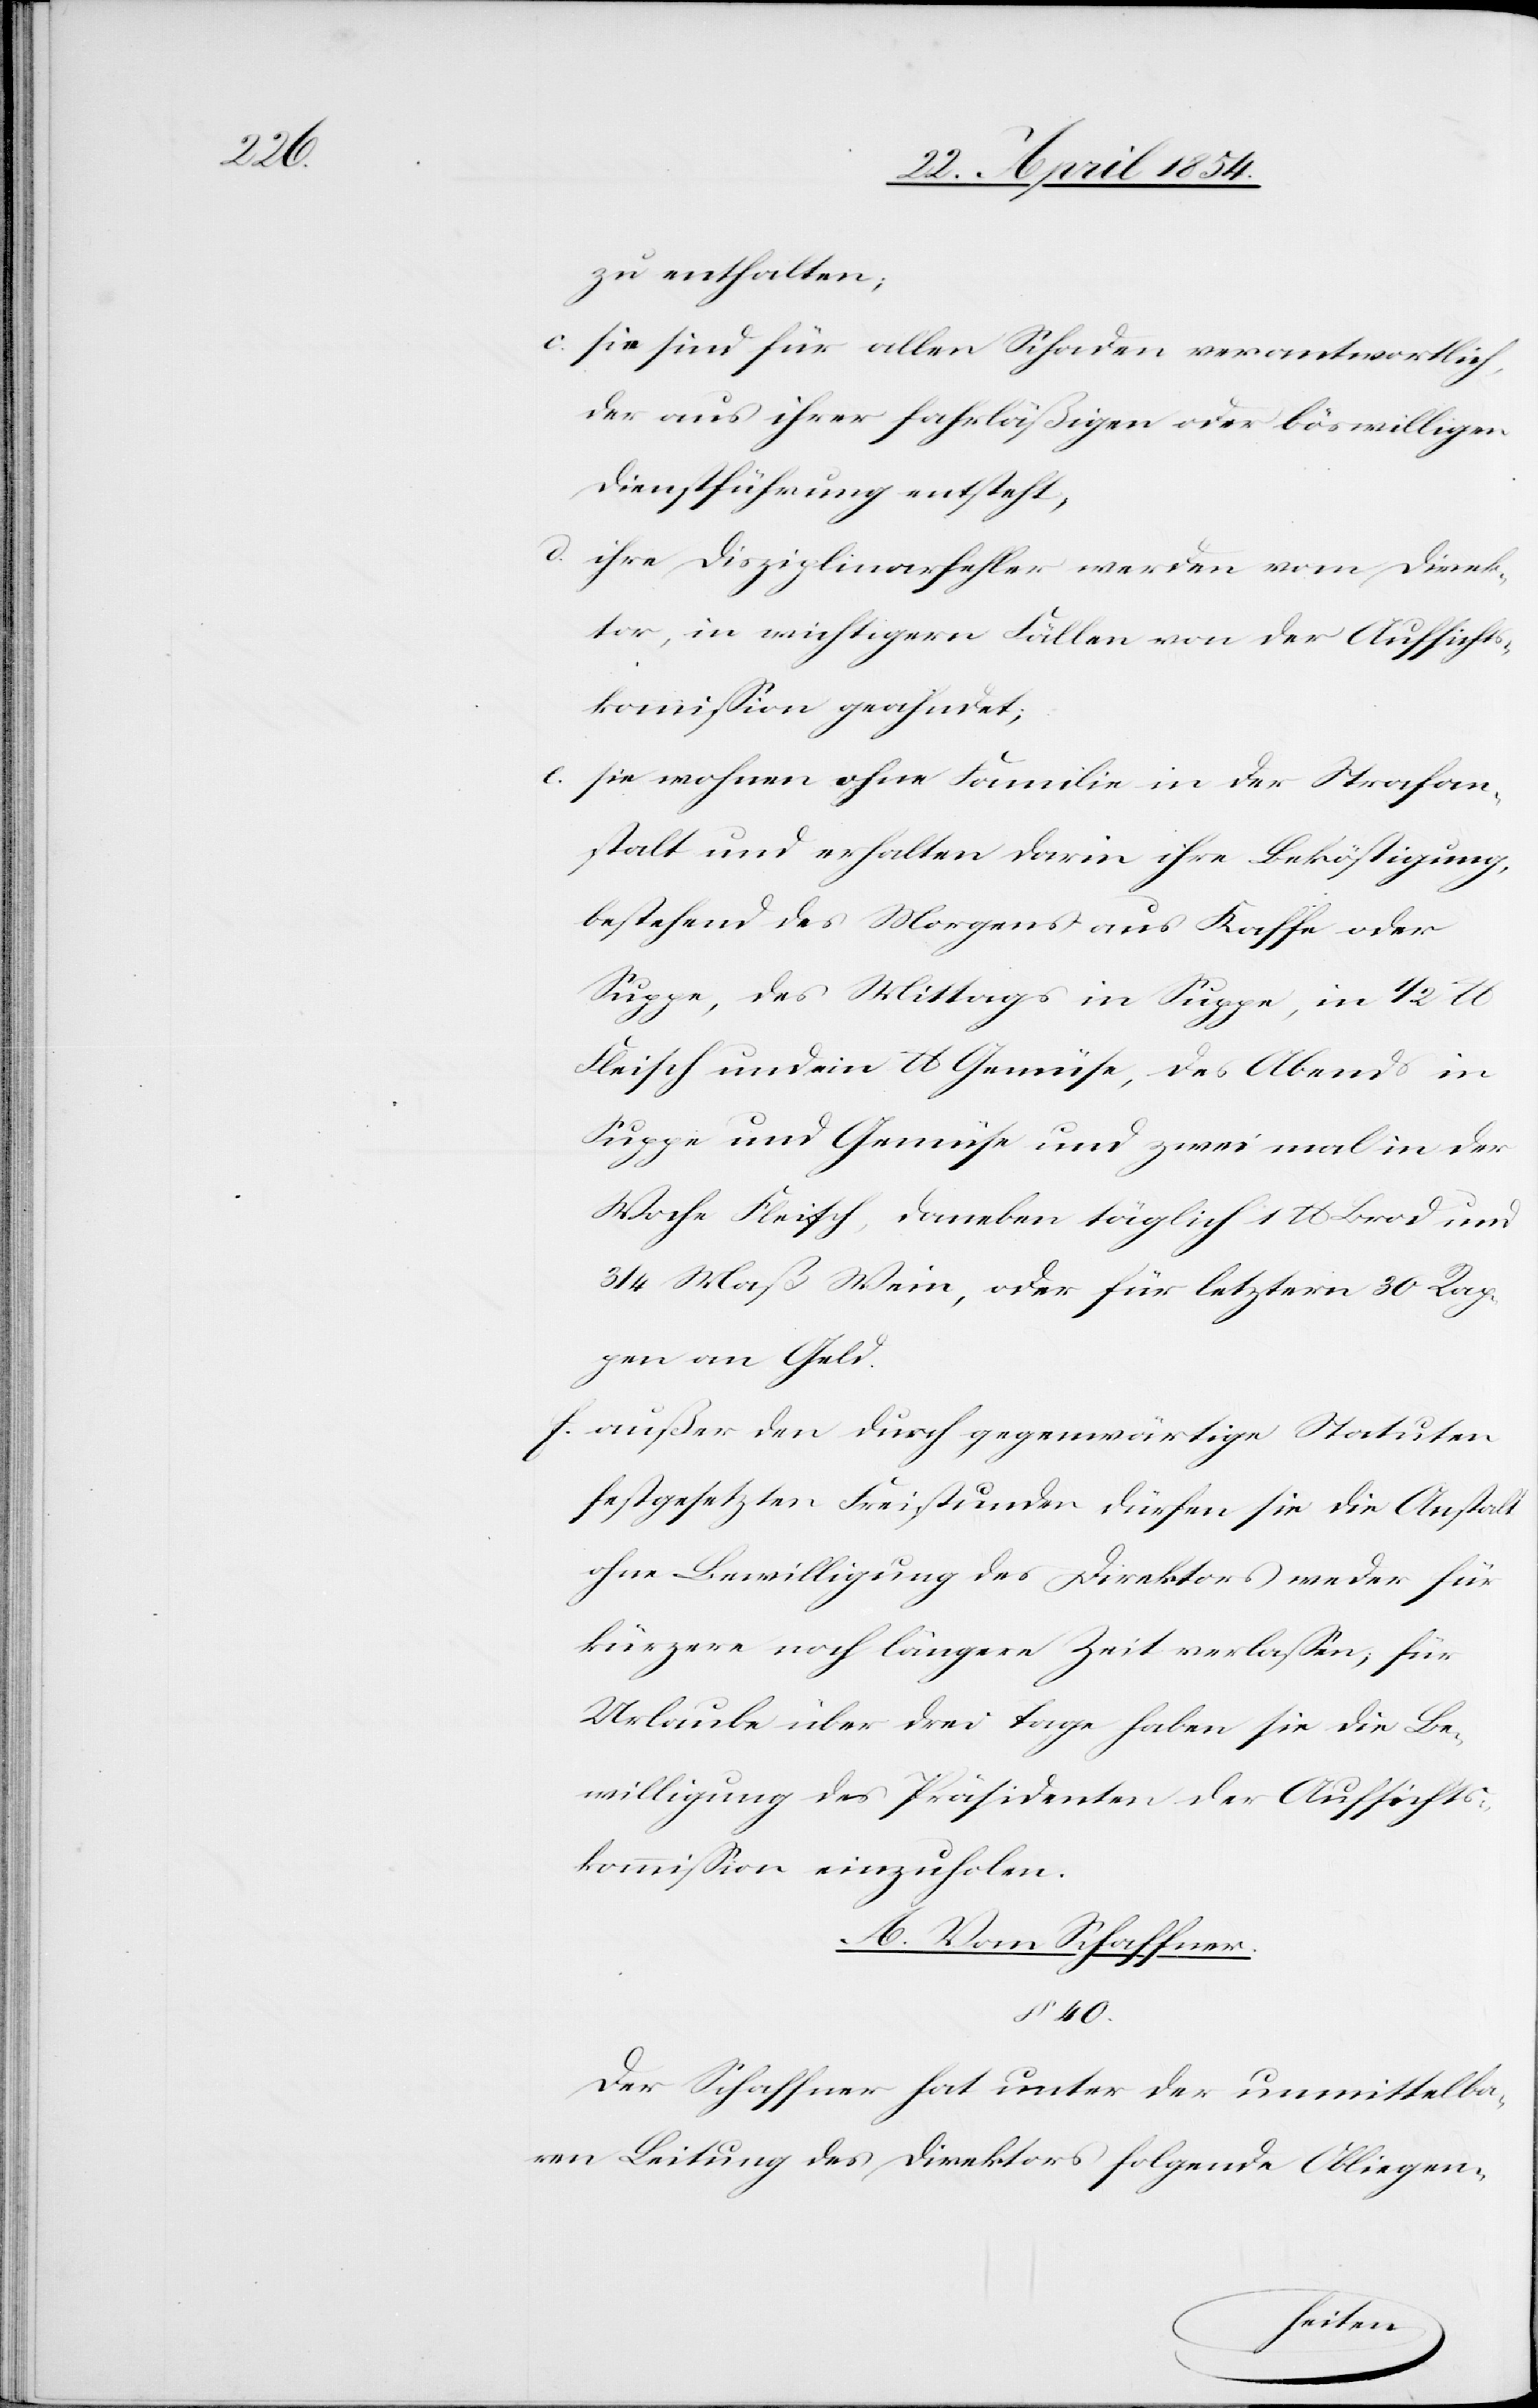
zu enthalten;
c. sie sind für allen Schaden verantwortlich,
der aus ihrer fahrläßigen oder böswilligen
Dienstführung entsteht,
d. ihre Disziplinarfehler werden vom Direk¬
tor, in wichtigern Fällen von der Aufsichts¬
kommißion geahndet;
e. sie wohnen ohne Familie in der Strafan¬
stalt und erhalten darin ihre Beköstigung,
bestehend des Morgens aus Kaffee oder
Suppe, des Mittags in Suppe, in 1/2 lb
Fleisch und ein lb Gemüse, des Abends in
Suppe und Gemüse und zwei mal in der
Woche Fleisch, daneben täglich 1 lb Brod und
3/4 Maß Wein, oder für letztern 30 Rap¬
pen an Geld.
f. außer den durch gegenwärtige Statuten
festgesetzten Freistunden dürfen sie die Anstalt
ohne Bewilligung des Direktors weder für
kürzere noch längere Zeit verlaßen; für
Urlaube über drei Tage haben sie die Be¬
willigung des Präsidenten der Aufsichts¬
kommißion einzuholen.
A. Vom Schaffner.
§ 40.
Der Schaffner hat unter der unmittelba¬
ren Leitung des Direktors folgende Obliegen-